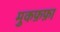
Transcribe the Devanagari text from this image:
मुकफ़फ़ा